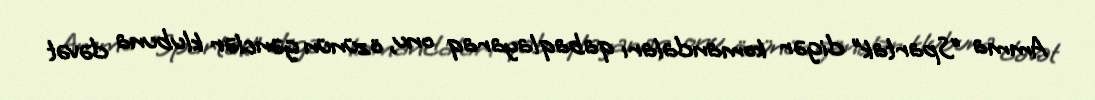
Amma “Spartak” digər komandaları qabaqlayaraq onu, özünün gənclər klubuna dəvət